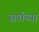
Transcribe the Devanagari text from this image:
सर्पांच्या